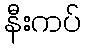
နီးကပ်